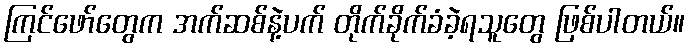
ကြင်ဖော်တွေက အက်ဆစ်နဲ့ပက် တိုက်ခိုက်ခံခဲ့ရသူတွေ ဖြစ်ပါတယ်။